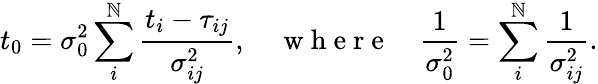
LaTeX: t_{0}=\sigma_{0}^{2}\sum_{i}^{\mathbb{N}}\frac{{t_{i}-\tau_{ij}}}{{\sigma_{ij}^{2}}},\quad\mathrm{{~w~h~e~r~e~}}\quad\frac{{1}}{{\sigma_{0}^{2}}}=\sum_{i}^{\mathbb{N}}\frac{{1}}{{\sigma_{ij}^{2}}}.